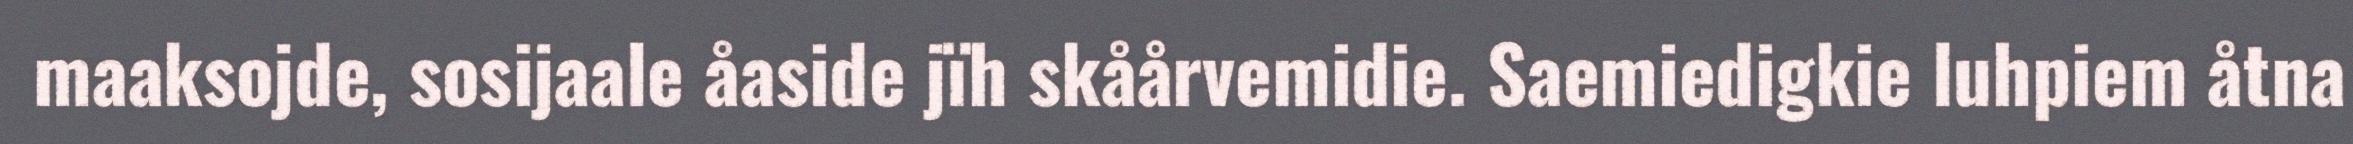
maaksojde, sosijaale åaside jïh skåårvemidie. Saemiedigkie luhpiem åtna